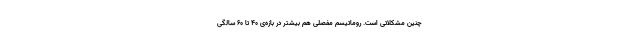
چنین مشکلاتی است. روماتیسم مفصلی هم بیشتر در بازه‌ی ۴۰ تا ۶۰ سالگی